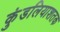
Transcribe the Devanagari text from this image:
कुंडलियाशतक